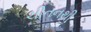
ચીતનથી